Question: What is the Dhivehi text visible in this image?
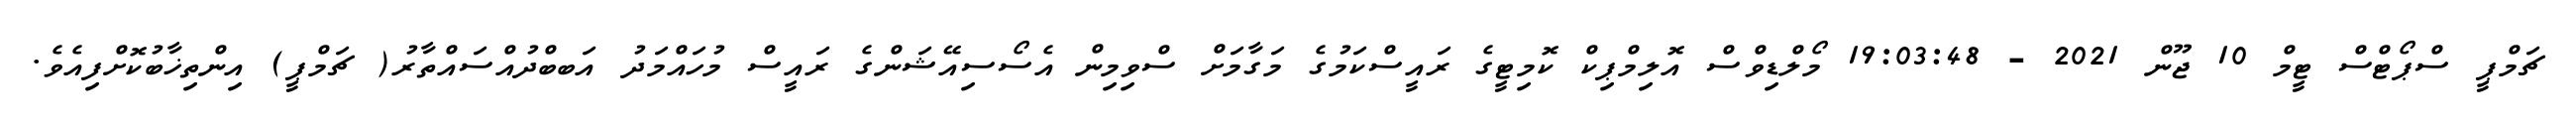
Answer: ޗަމްޕީ ސްޕޯޓްސް ޓީމް 10 ޖޫން 2021 - 19:03:48 މޯލްޑިވްސް އޮލިމްޕިކް ކޮމިޓީގެ ރައީސްކަމުގެ މަގާމަށް ސްވިމިން އެސޯސިއޭޝަންގެ ރައީސް މުހައްމަދު އަބބްދުއްސައްތާރު( ޗަމްޕީ) އިންތިޚާބުކޮށްފިއެވެ.